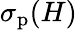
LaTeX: \sigma_{\mathrm{p}}(H)